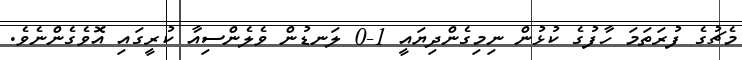
މެޗުގެ ފުރަތަމަ ހާފުގެ ކުޅުން ނިމިގެންދިޔައީ 1-0 ލަނޑުން ވެލެންސިއާ ކުރީގައި އޮވެގެންނެވެ.